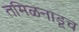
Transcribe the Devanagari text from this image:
तमिळनाडूच